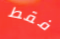
فقط